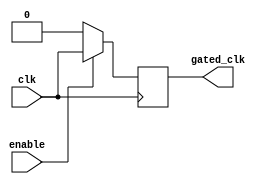
module clock_gating_buffer (
    input wire clk,        // Primary clock input
    input wire enable,     // Control signal to enable/disable clock
    output reg gated_clk   // Gated clock output
);

// Always block to manage clock gating
always @(posedge clk) begin
    if (enable) begin
        gated_clk <= clk;  // Pass the clock through when enabled
    end else begin
        gated_clk <= 1'b0;  // Gate off the clock when disabled
    end
end

endmodule